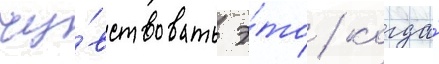
чу́вствовать э́то / когда́